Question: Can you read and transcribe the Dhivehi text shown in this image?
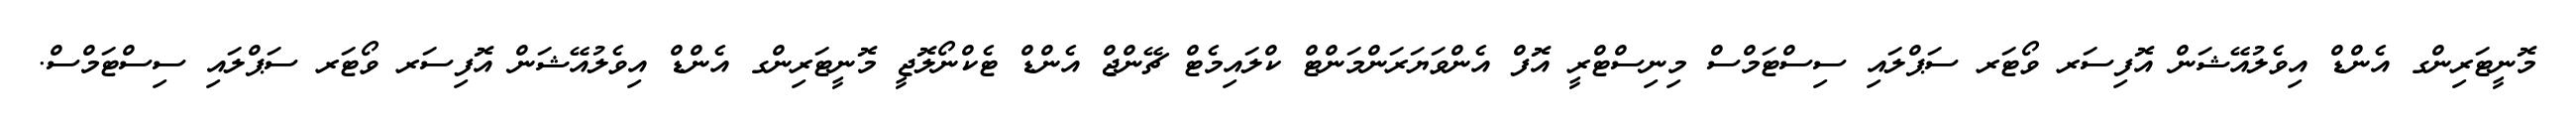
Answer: މޮނީޓަރިންގ އެންޑް އިވެލުއޭޝަން އޮފިސަރ ވޯޓަރ ސަޕްލައި ސިސްޓަމްސް މިނިސްޓްރީ އޮފް އެންވަޔަރަންމަންޓް ކްލައިމެޓް ޗޭންޖް އެންޑް ޓެކްނޯލޮޖީ މޮނީޓަރިންގ އެންޑް އިވެލުއޭޝަން އޮފިސަރ ވޯޓަރ ސަޕްލައި ސިސްޓަމްސް.